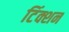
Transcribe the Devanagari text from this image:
टिंक्शन